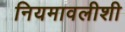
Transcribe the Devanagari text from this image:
नियमावलीशी